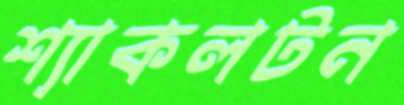
শ্যাকলটন